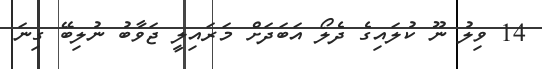
14 ވިލު ނޫ ކުލައިގެ ދެލޯ އަބަދަށް މަރައިލީ ޖަވާބު ނުލިބޭ ގިނަ